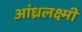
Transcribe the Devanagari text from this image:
आंध्रलक्ष्मी